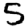
Digit: 5